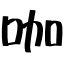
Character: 咖